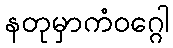
နတုမှာကံဝဂ္ဂေါ